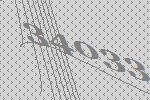
34033